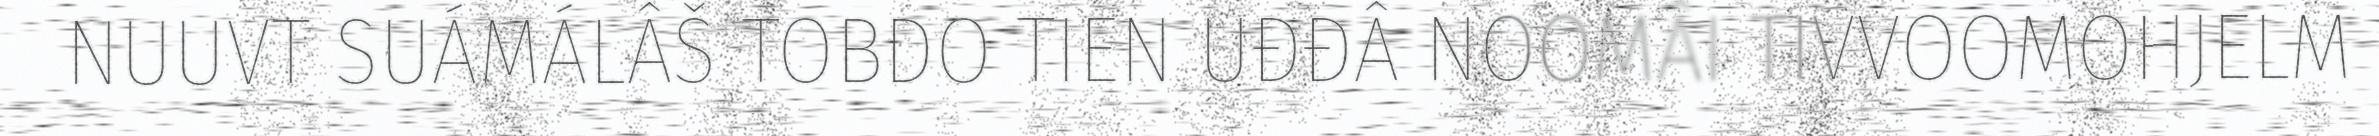
NUUVT SUÁMÁLÂŠ TOBDO TIEN UĐĐÂ NOOMÂI TIVVOOMOHJELM